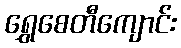
ရွှေစေတီကျောင်း